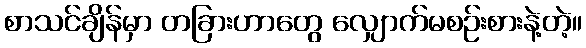
စာသင်ချိန်မှာ တခြားဟာတွေ လျှောက်မစဉ်းစားနဲ့တဲ့။